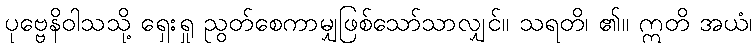
ပုဗ္ဗေနိဝါသသို့ ရှေးရှု ညွတ်စေကာမျှဖြစ်သော်သာလျှင်။ သရတိ၊ ၏။ ဣတိ အယံ၊